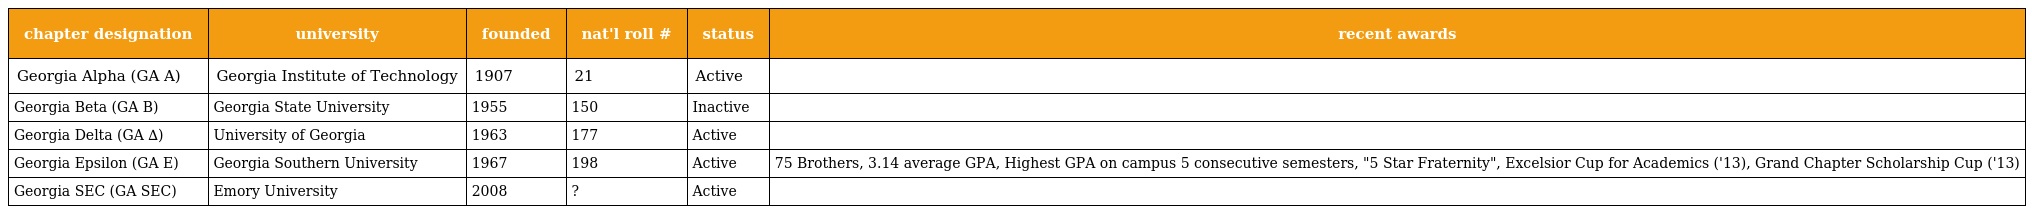
| chapter designation | university | founded | nat'l roll # | status | recent awards |
 | --- | --- | --- | --- | --- | --- |
 | Georgia Alpha (GA A) | Georgia Institute of Technology | 1907 | 21 | Active |  |
 | Georgia Beta (GA B) | Georgia State University | 1955 | 150 | Inactive |  |
 | Georgia Delta (GA ∆) | University of Georgia | 1963 | 177 | Active |  |
 | Georgia Epsilon (GA E) | Georgia Southern University | 1967 | 198 | Active | 75 Brothers, 3.14 average GPA, Highest GPA on campus 5 consecutive semesters, "5 Star Fraternity", Excelsior Cup for Academics ('13), Grand Chapter Scholarship Cup ('13) |
 | Georgia SEC (GA SEC) | Emory University | 2008 | ? | Active |  |